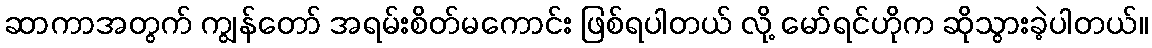
ဆာကာအတွက် ကျွန်တော် အရမ်းစိတ်မကောင်း ဖြစ်ရပါတယ် လို့ မော်ရင်ဟိုက ဆိုသွားခဲ့ပါတယ်။